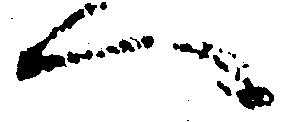
へ